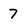
Character: 7